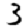
Digit: 3